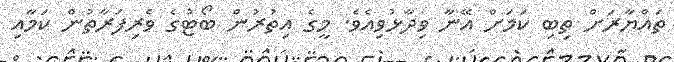
ތައްޔާރަށް ތިބި ކަމަށް އޭނާ ވިދާޅުވިއެވެ. މީގެ އިތުރުން ބޯޓުގެ ވެރިފަރާތުން ކަމާއި